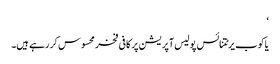
‘
یاکوب یرٹتنائس پولیس آپریشن پر کافی فخر محسوس کر رہے ہیں۔